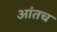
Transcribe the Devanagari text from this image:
आंतच